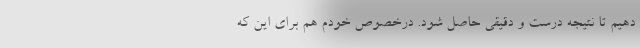
دهیم تا نتیجه درست و دقیقی حاصل شود. در‌خصوص خودم هم برای این که